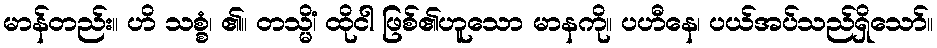
မာန်တည်း။ ဟိ သစ္စံ၊ ၏။ တသ္မိံ၊ ထိုငါ ဖြစ်၏ဟူသော မာနကို။ ပဟီနေ၊ ပယ်အပ်သည်ရှိသော်။